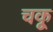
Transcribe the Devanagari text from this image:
चकू